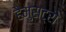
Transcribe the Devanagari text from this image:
हैमुस्ट्रो